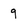
Character: 9